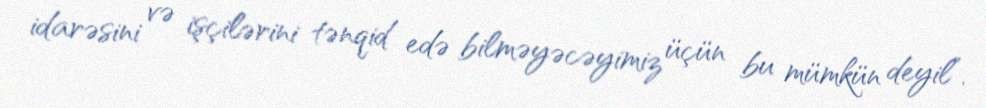
idarəsini və işçilərini tənqid edə bilməyəcəyimiz üçün bu mümkün deyil”.